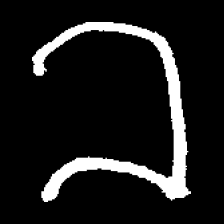
Pyu character \u2014 Myanmar letter: ခ (romanized: kha)